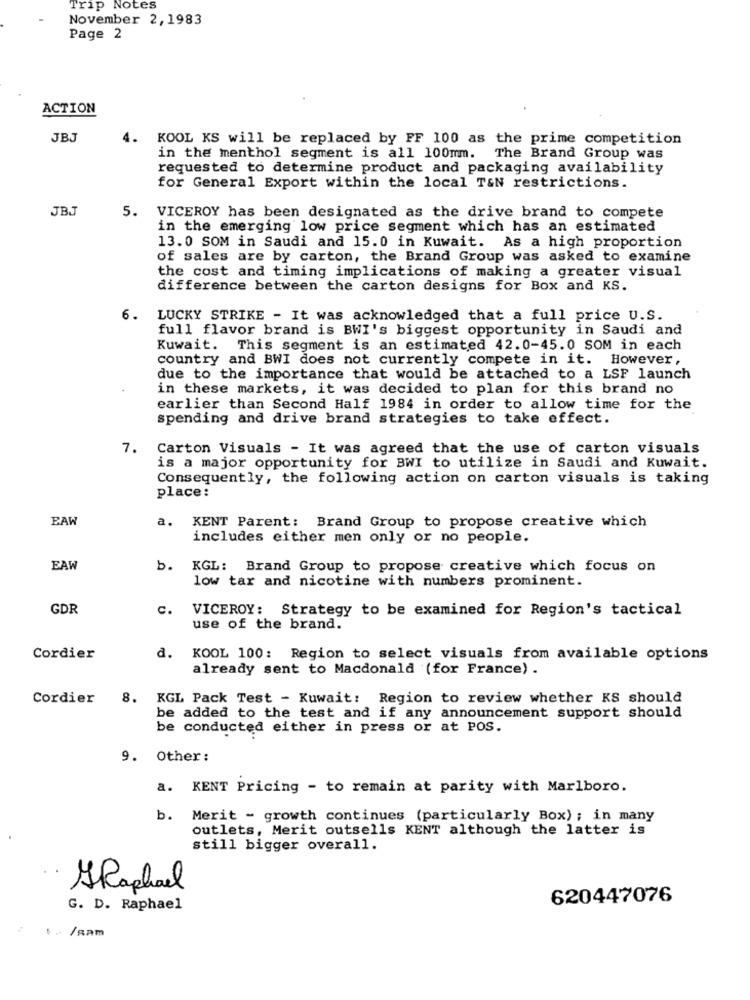
Trip Notes
November 2,1983
Page 2
ACTION
JBJ
4.
KOOL KS will be replaced by FF 100 as the prime competition
in the menthol segment is all 100mm. The Brand Group was
requested to determine product and packaging availability
for General Export within the local T&N restrictions.
JBJ
5. VICEROY has been designated as the drive brand to compete
in the emerging low price segment which has an estimated
13.0 SOM in Saudi and 15.0 in Kuwait. As a high proportion
of sales are by carton, the Brand Group was asked to examine
the cost and timing implications of making a greater visual
difference between the carton designs for Box and KS.
6. LUCKY STRIKE - It was acknowledged that a full price U.S.
full flavor brand is BWI's biggest opportunity in Saudi and
Kuwait. This segment is an estimated 42.0-45.0 SOM in each
country and BWI does not currently compete in it. However,
due to the importance that would be attached to a LSF launch
in these markets, it was decided to plan for this brand no
earlier than Second Half 1984 in order to allow time for the
spending and drive brand strategies to take effect.
7.
Carton Visuals - It was agreed that the use of carton visuals
is a major opportunity for BWI to utilize in Saudi and Kuwait.
Consequently, the following action on carton visuals is taking
place:
EAW
a.
KENT Parent: Brand Group to propose creative which
includes either men only or no people.
EAW
b.
KGL: Brand Group to propose creative which focus on
low tar and nicotine with numbers prominent.
GDR
c.
VICEROY: Strategy to be examined for Region's tactical
use of the brand.
Cordier
d. KOOL 100: Region to select visuals from available options
already sent to Macdonald (for France) .
Cordier
8. KGL Pack Test - Kuwait: Region to review whether KS should
be added to the test and if any announcement support should
be conducted either in press or at POS.
9. Other:
a. KENT Pricing - to remain at parity with Marlboro.
b. Merit - growth continues (particularly Box) ; in many
outlets, Merit outsells KENT although the latter is
still bigger overall.
GRaphael
620447076
G. D. Raphael
$. /Ram